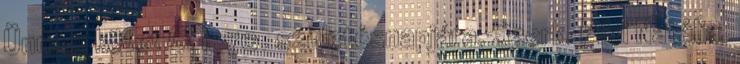
Ünnepi kötet G. I. 70. születésnapjára. Szerk. Pikli Natália.